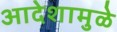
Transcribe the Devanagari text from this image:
आदेशामुळे